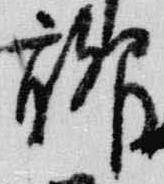
聊